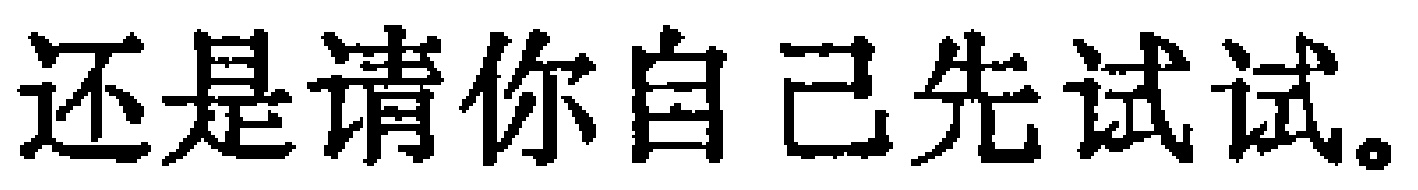
还是请你自己先试试。